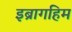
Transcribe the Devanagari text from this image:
इब्रागहिम